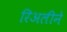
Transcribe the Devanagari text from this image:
रिअलीने